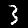
Label: 3